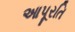
આપૂરતિ